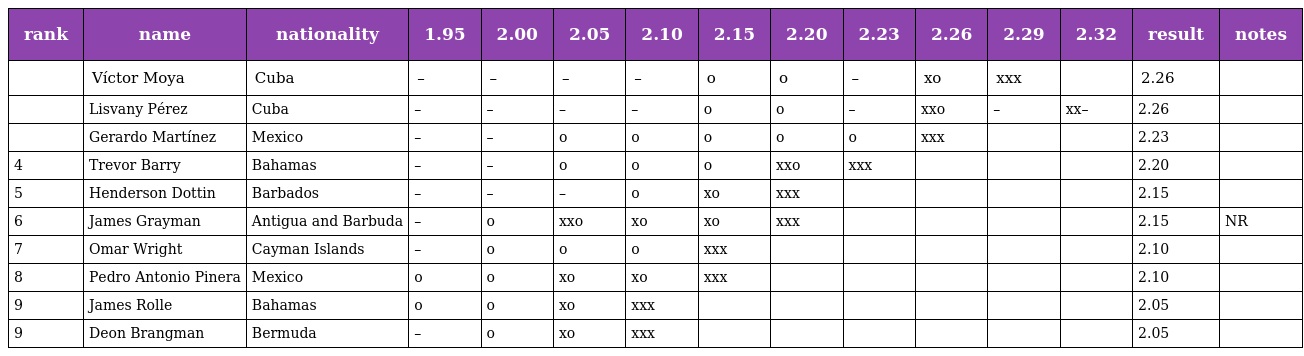
| rank | name | nationality | 1.95 | 2.00 | 2.05 | 2.10 | 2.15 | 2.20 | 2.23 | 2.26 | 2.29 | 2.32 | result | notes |
 | --- | --- | --- | --- | --- | --- | --- | --- | --- | --- | --- | --- | --- | --- | --- |
 |  | Víctor Moya | Cuba | – | – | – | – | o | o | – | xo | xxx |  | 2.26 |  |
 |  | Lisvany Pérez | Cuba | – | – | – | – | o | o | – | xxo | – | xx– | 2.26 |  |
 |  | Gerardo Martínez | Mexico | – | – | o | o | o | o | o | xxx |  |  | 2.23 |  |
 | 4 | Trevor Barry | Bahamas | – | – | o | o | o | xxo | xxx |  |  |  | 2.20 |  |
 | 5 | Henderson Dottin | Barbados | – | – | – | o | xo | xxx |  |  |  |  | 2.15 |  |
 | 6 | James Grayman | Antigua and Barbuda | – | o | xxo | xo | xo | xxx |  |  |  |  | 2.15 | NR |
 | 7 | Omar Wright | Cayman Islands | – | o | o | o | xxx |  |  |  |  |  | 2.10 |  |
 | 8 | Pedro Antonio Pinera | Mexico | o | o | xo | xo | xxx |  |  |  |  |  | 2.10 |  |
 | 9 | James Rolle | Bahamas | o | o | xo | xxx |  |  |  |  |  |  | 2.05 |  |
 | 9 | Deon Brangman | Bermuda | – | o | xo | xxx |  |  |  |  |  |  | 2.05 |  |